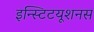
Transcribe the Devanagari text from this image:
इन्स्टिटयूशनस